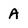
Character: A